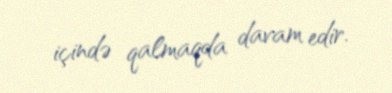
içində qalmaqda davam edir.